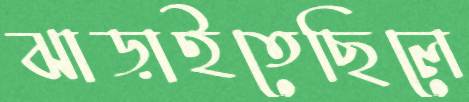
ঝাড়াইতেছিলে